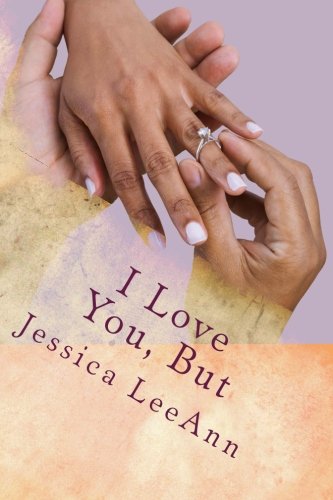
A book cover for I Love You, But; Jessica LeeAnn; Literature & Fiction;